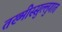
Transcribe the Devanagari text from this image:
तख्मीस्सुल्लुगात